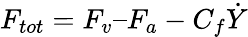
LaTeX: F_{tot}=F_{v}–F_{a}-C_{f}\dot{Y}